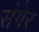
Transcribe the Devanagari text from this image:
संगेर